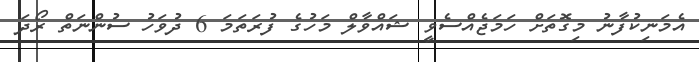
އެމަނިކުފާނު މިގޮތަށް ހަމަޖެއްސެވީ ޝައްވާލް މަހުގެ ފުރަތަމަ 6 ދުވަހު ސުންނަތް ރޯދަ